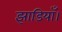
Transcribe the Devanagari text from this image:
झाडियाँ।